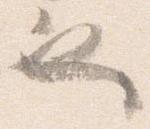
也